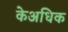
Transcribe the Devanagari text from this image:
केअधिक